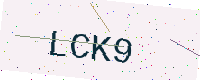
Text: LCK9